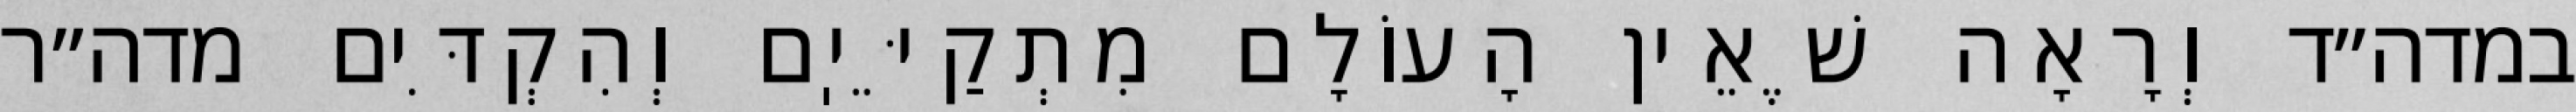
במדה״ד וְרָאָה שֶׁאֵין הָעוֹלָם מִתְקַיֵּיֽם וְהִקְדִּים מדה״ר